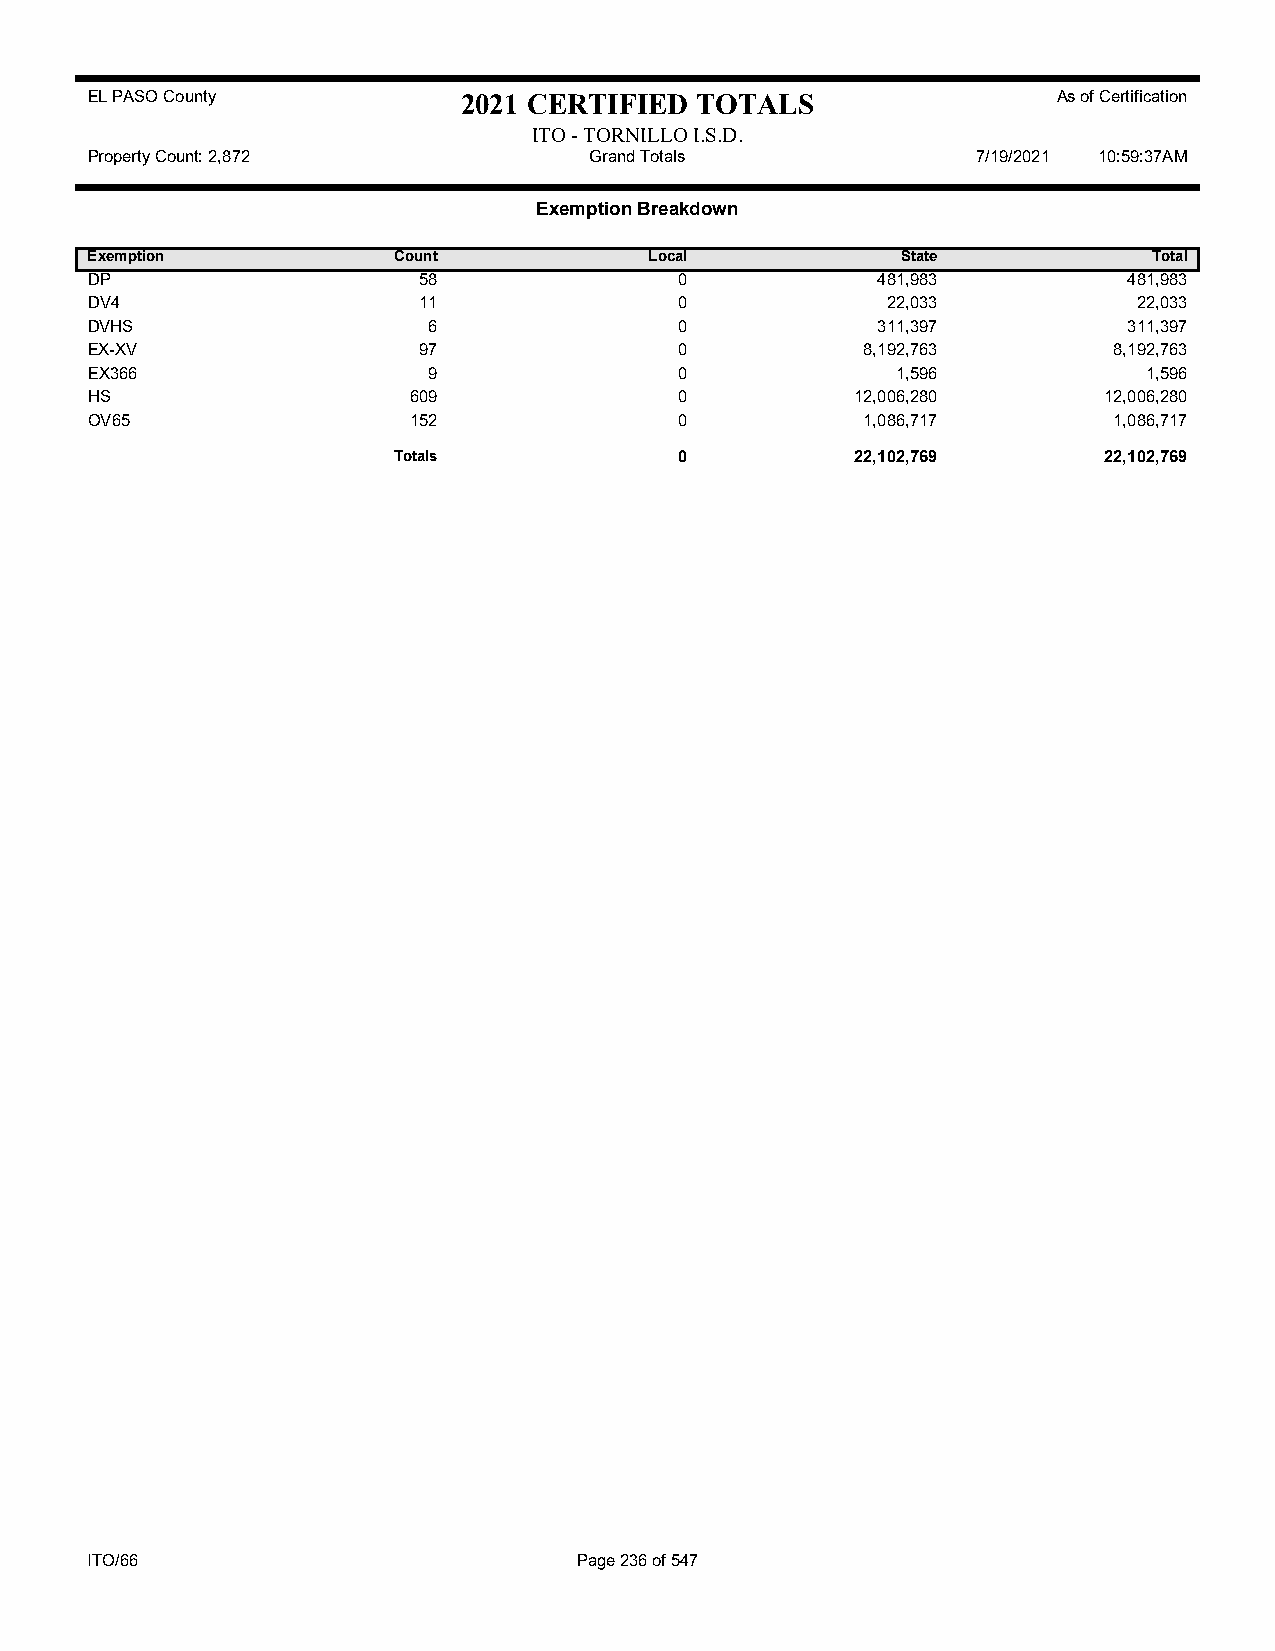
EL PASO County           2021 CERTIFIED TOTALS                  As of Certification
 ITO - TORNILLO I.S.D.
 Property Count: 2,872            Grand Totals              7/19/2021 10:59:37AM
 Exemption Breakdown
 Exemption           Count            Local            State           Total
 DP                    58               0            481,983          481,983
 DV4                   11               0             22,033          22,033
 DVHS                  6                0            311,397          311,397
 EX-XV                 97               0           8,192,763        8,192,763
 EX366                 9                0             1,596            1,596
 HS                   609               0           12,006,280      12,006,280
 OV65                 152               0           1,086,717        1,086,717
 Totals             0           22,102,769      22,102,769
 ITO/66                          Page 236 of 547